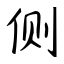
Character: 侧